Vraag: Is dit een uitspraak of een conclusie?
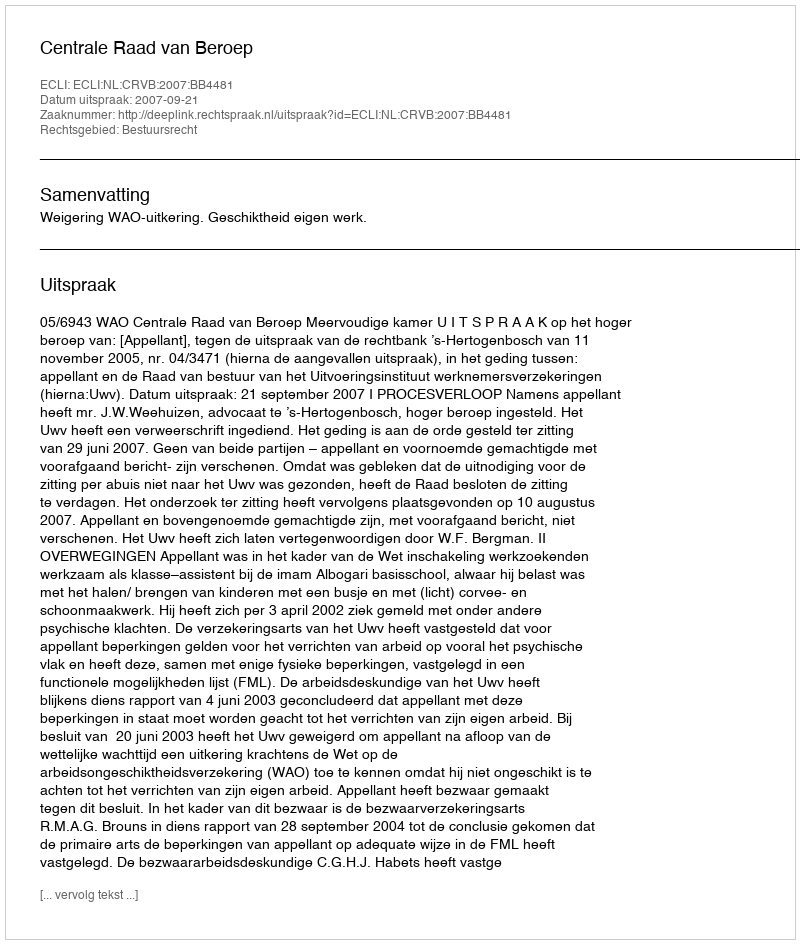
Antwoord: Uitspraak